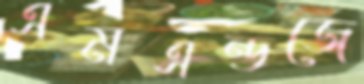
এমএন্ডজে